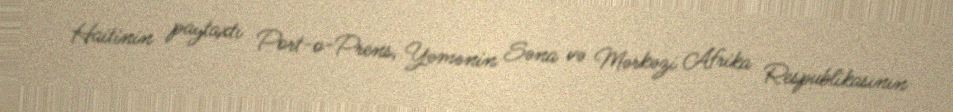
Haitinin paytaxtı Port-o-Prens, Yəmənin Səna və Mərkəzi Afrika Respublikasının